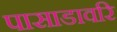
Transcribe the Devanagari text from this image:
पासाडावरि